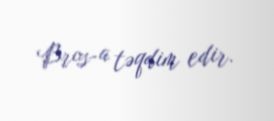
Bros-a təqdim edir.